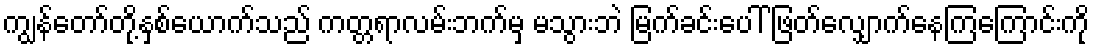
ကျွန်တော်တို့နှစ်ယောက်သည် ကတ္တရာလမ်းဘက်မှ မသွားဘဲ မြက်ခင်းပေါ် ဖြတ်လျှောက်နေကြကြောင်းကို